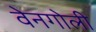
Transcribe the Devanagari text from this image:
वेनगोली